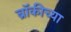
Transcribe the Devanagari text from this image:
ब्रॉकीच्या